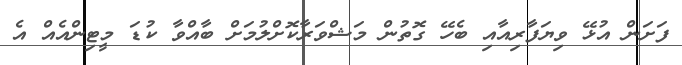
ފަށަން އުޅޭ ވިޔަފާރިއާއި ބެހޭ ގޮތުން މަޝްވަރާކޮށްލުމަށް ބާއްވާ ކުޑަ މީޓިންއެއް އެ